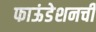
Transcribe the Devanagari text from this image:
फाऊंडेशनची